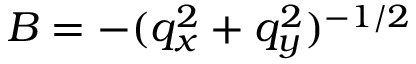
B = - ( q _ { x } ^ { 2 } + q _ { y } ^ { 2 } ) ^ { - 1 / 2 }